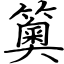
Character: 䉛